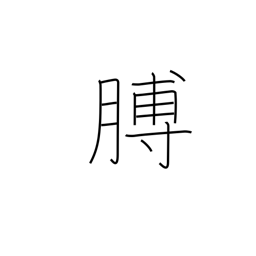
Meaning: arm